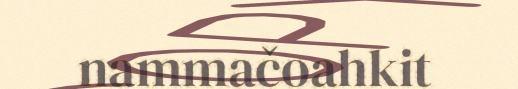
nammačoahkit